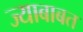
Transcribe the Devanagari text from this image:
ज्याबाबत